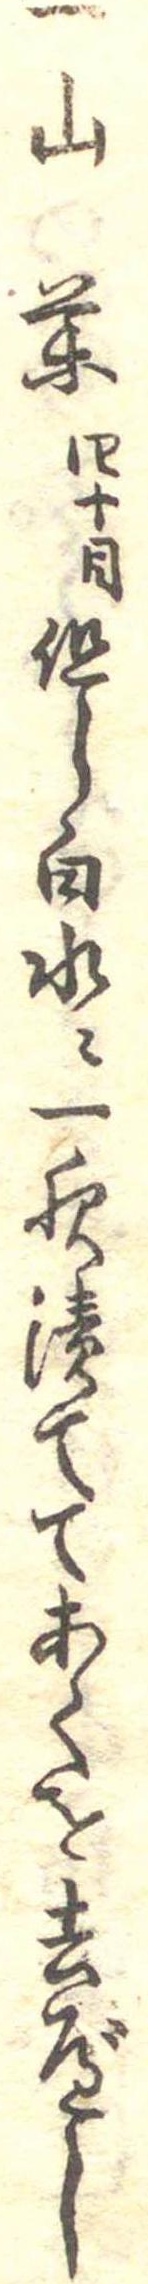
一山薬四十目但し白水に一夜漬ててあくを去べし